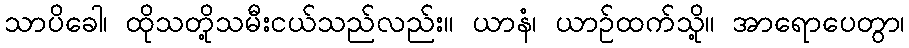
သာပိခေါ၊ ထိုသတို့သမီးငယ်သည်လည်း။ ယာနံ၊ ယာဉ်ထက်သို့။ အာရောပေတွာ၊